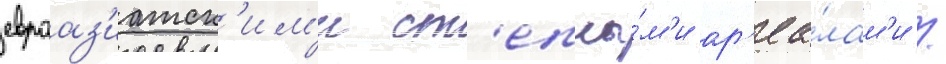
евроаз'иатск'им'и ст'епны́м'и ар'еа́лам'и /